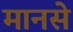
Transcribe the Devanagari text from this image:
मानसे